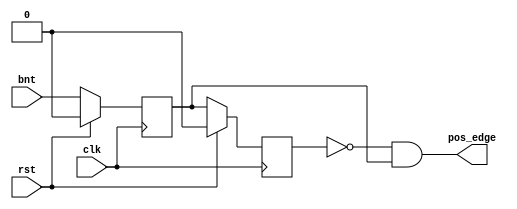
`timescale 1ns / 1ps
//////////////////////////////////////////////////////////////////////////////////
// Company: 
// Engineer: 
// 
// Design Name: 
// Module Name: switch_control
// Project Name: 
// Target Devices: 
// Tool Versions: 
// Description: 
// 
// Dependencies: 
// 
// Revision:
// Revision 0.01 - File Created
// Additional Comments:
// 
//////////////////////////////////////////////////////////////////////////////////


module switch_control(
	output wire pos_edge,
	input bnt,
	input clk,
	input rst
    );
	reg sig_r0, sig_r1;
	always @(posedge clk) begin
		if (rst) sig_r0 <= 1'b0;
	       	else sig_r0 <= bnt;
	end

	always @(posedge clk) begin
		if (rst) sig_r1 <= 1'b0;
		else sig_r1 <= sig_r0;
	end

	assign pos_edge = ~sig_r1 & sig_r0;
endmodule